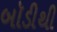
બૉડીથી